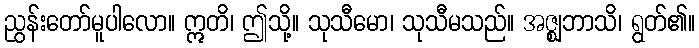
ညွန်းတော်မူပါလော။ ဣတိ၊ ဤသို့။ သုသီမော၊ သုသီမသည်။ အဇ္ဈဘာသိ၊ ရွတ်၏။